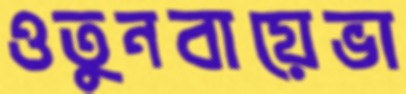
ওতুনবায়েভা